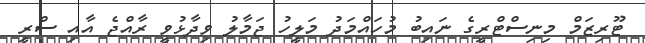
ޓޫރިޒަމް މިނިސްޓްރީގެ ނައިބު މުހައްމަދު މަލީހު ޖަމާލު ވިދާޅުވީ ރާއްޖެ އާއި ސްރީ